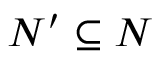
N ^ { \prime } \subseteq N